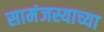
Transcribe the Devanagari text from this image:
सामंजस्याच्या